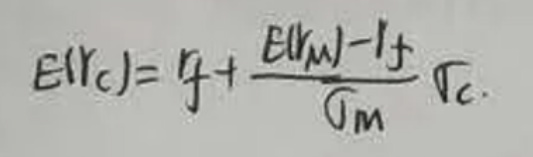
\[ E(r_{c}) = r_{f}+\frac{E(r_{M}) - r_{f}}{\sigma_{m}}\sigma_{c} \]